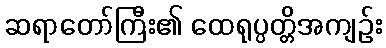
ဆရာတော်ကြီး၏ ထေရုပ္ပတ္တိအကျဉ်း